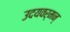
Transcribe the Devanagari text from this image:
उदयवर्मन्